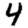
Digit: 4